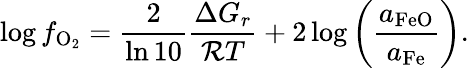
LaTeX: \log f_{\mathrm{O_{2}}}=\frac{2}{\ln{10}}\frac{\Delta G_{r}}{{\cal R}T}+2\log{\left(\frac{a_{\mathrm{FeO}}}{a_{\mathrm{Fe}}}\right)}.